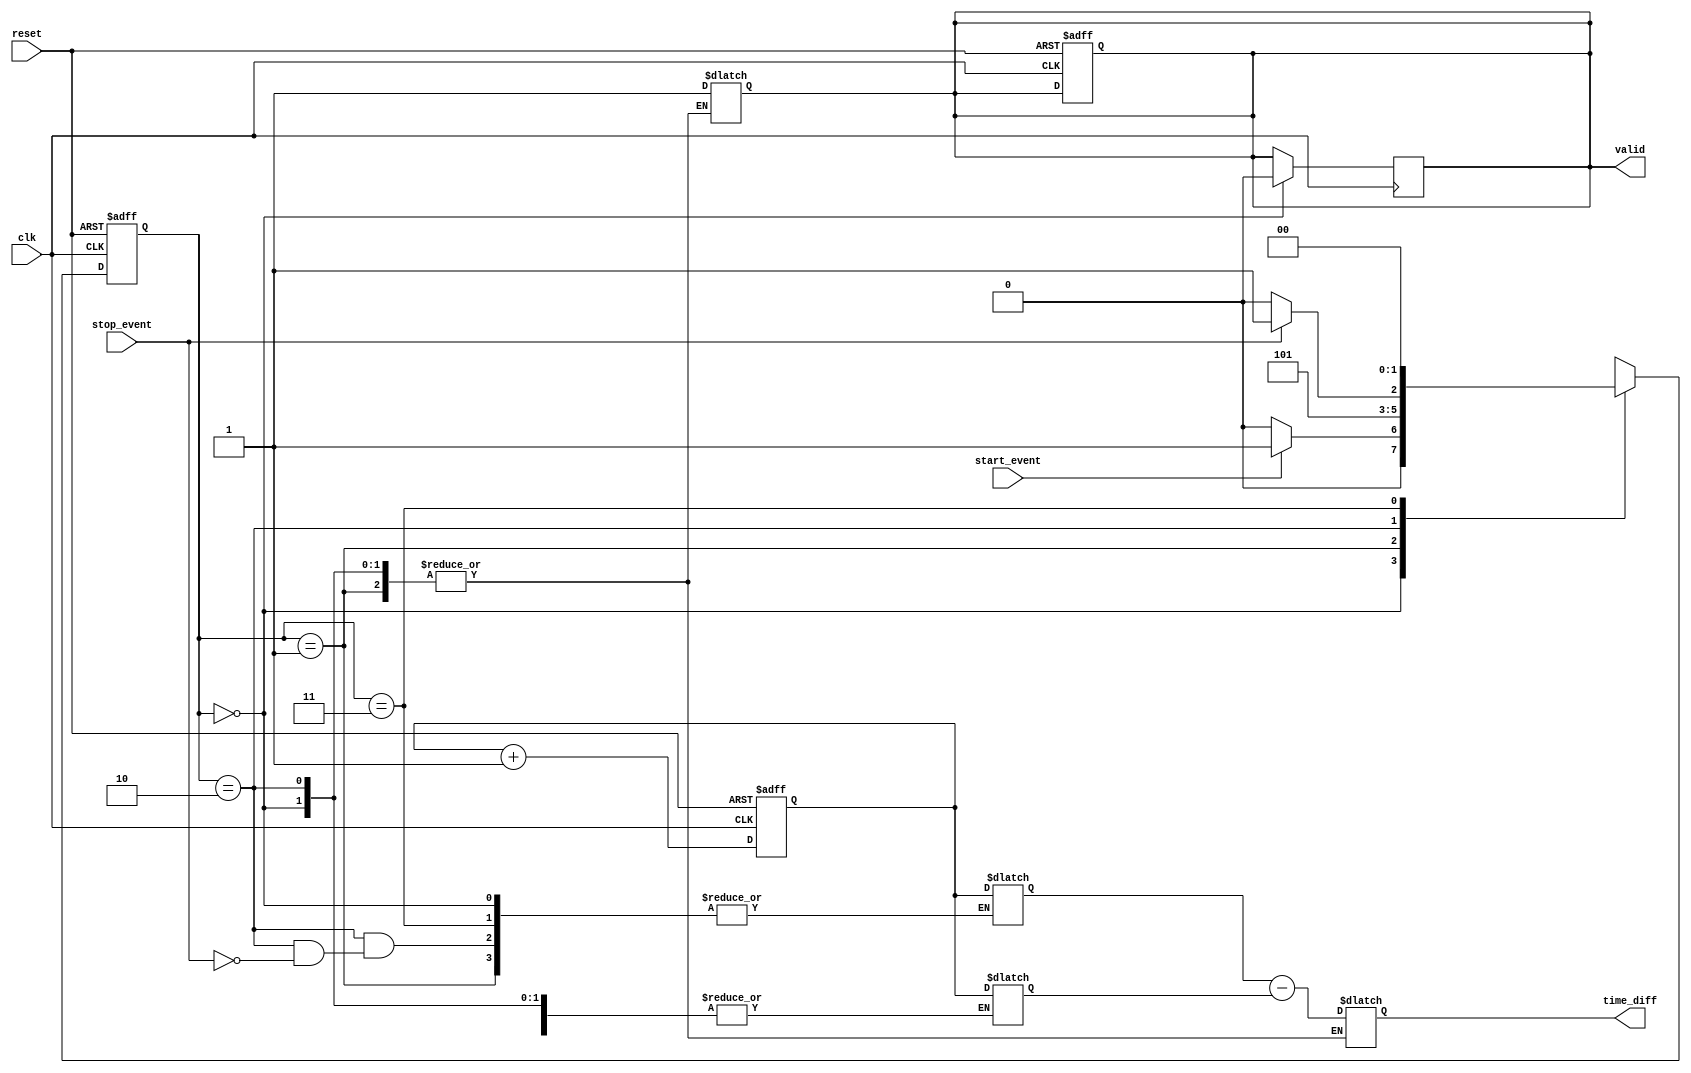
module synchronized_tdc (
    input wire clk,                // Primary clock input
    input wire reset,              // Reset signal
    input wire start_event,        // Start event signal
    input wire stop_event,         // Stop event signal
    output reg [15:0] time_diff,   // Output time difference
    output reg valid               // Output valid signal
);

    // Parameters
    parameter MEMORY_SIZE = 2;     // Number of memory entries
    parameter COUNTER_WIDTH = 16;   // Width of the counter

    // Internal Signals
    reg [COUNTER_WIDTH-1:0] counter;             // High-resolution counter
    reg [COUNTER_WIDTH-1:0] capture_memory[0:MEMORY_SIZE-1]; // Capture memory
    reg [COUNTER_WIDTH-1:0] start_time, stop_time; // Timestamps for start and stop
    reg [1:0] state;              // State machine for control logic
    reg [1:0] next_state;         // Next state logic

    // State Definitions
    localparam IDLE        = 2'b00;
    localparam CAPTURE_START = 2'b01;
    localparam CAPTURE_STOP = 2'b10;
    localparam OUTPUT      = 2'b11;

    // Counter Logic
    always @(posedge clk or posedge reset) begin
        if (reset) begin
            counter <= 0;
        end else begin
            counter <= counter + 1;
        end
    end

    // State Machine Logic
    always @(posedge clk or posedge reset) begin
        if (reset) begin
            state <= IDLE;
            valid <= 0;
        end else begin
            state <= next_state;
        end
    end

    // Next State Logic
    always @(*) begin
        case (state)
            IDLE: begin
                if (start_event) begin
                    next_state = CAPTURE_START;
                end else begin
                    next_state = IDLE;
                end
            end
            CAPTURE_START: begin
                start_time = counter; // Capture start time
                next_state = CAPTURE_STOP;
            end
            CAPTURE_STOP: begin
                if (stop_event) begin
                    stop_time = counter; // Capture stop time
                    next_state = OUTPUT;
                end else begin
                    next_state = CAPTURE_STOP;
                end
            end
            OUTPUT: begin
                time_diff = stop_time - start_time; // Calculate time difference
                valid = 1; // Indicate valid output
                next_state = IDLE; // Go back to idle state
            end
            default: next_state = IDLE;
        endcase
    end

    // Clear valid signal after output is read
    always @(posedge clk) begin
        if (state == IDLE) begin
            valid <= 0; // Clear valid signal when in IDLE state
        end
    end

endmodule